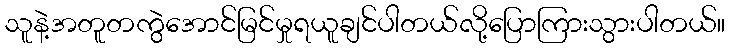
သူနဲ့အတူတကွဲအောင်မြင်မှုရယူချင်ပါတယ်လို့ပြောကြားသွားပါတယ်။